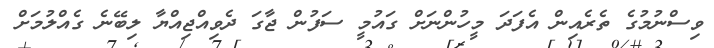
ވިސްނުމުގެ ތެރެއިން އެފަދަ މީހުންނަށް ގައުމީ ސަފުން ޖާގަ ދެވިއްޖިއްޔާ ލިބޭނެ ގެއްލުމަށް